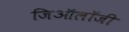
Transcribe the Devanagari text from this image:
जिऑलॉजी